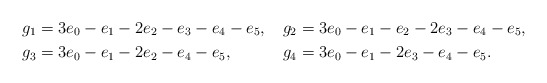
\begin{align*}g_1&=3e_0-e_1-2e_2-e_3-e_4-e_5,&g_2&=3e_0-e_1-e_2-2e_3-e_4-e_5,\\g_3&=3e_0-e_1-2e_2-e_4-e_5,& g_4&=3e_0-e_1-2e_3-e_4-e_5.\end{align*}